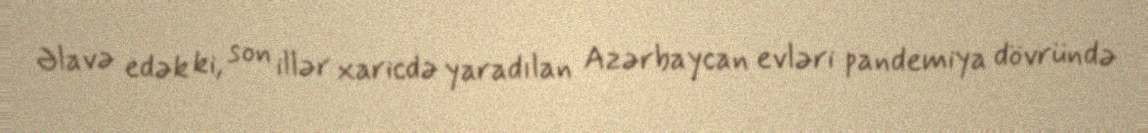
Əlavə edək ki, son illər xaricdə yaradılan Azərbaycan evləri pandemiya dövründə